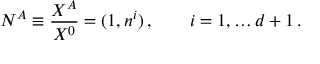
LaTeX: N ^ { A } \equiv { \frac { X ^ { A } } { X ^ { 0 } } } = ( 1 , n ^ { i } ) \, , \qquad i = 1 , \dots d + 1 \, .